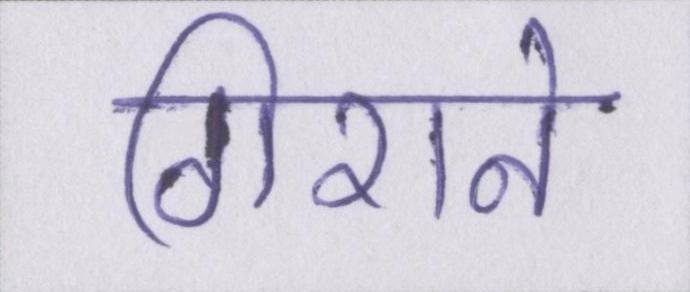
गिराने